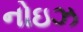
નોઇઝ